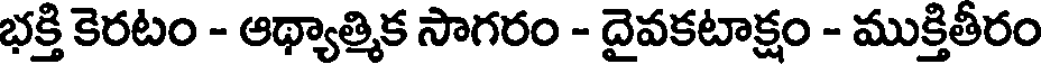
భక్తి కెరటం - ఆథ్యాత్మిక సాగరం - దైవకటాక్షం - ముక్తితీరం